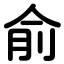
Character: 俞